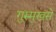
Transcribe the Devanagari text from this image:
गुरुमुखसे